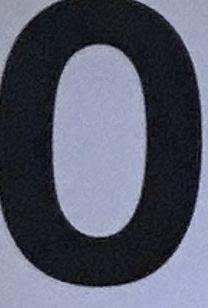
0